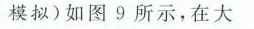
模拟)如图9所示，在大